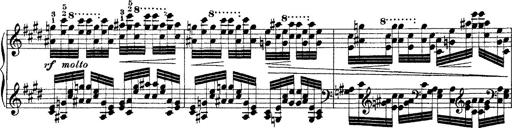
Title: Ã‰tudes d'exÃ©cution transcendante d'aprÃ¨s Paganini
Composer: Franz Liszt